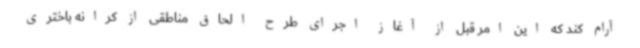
آرام کند که این امر قبل از آغاز اجرای طرح الحاق مناطقی از کرانه باختری